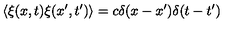
\langle \xi ( x , t ) \xi ( x ^ { \prime } , t ^ { \prime } ) \rangle = c \delta ( x - x ^ { \prime } ) \delta ( t - t ^ { \prime } )